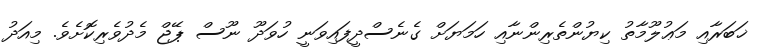
ޚަބަރާއި މަޢުލޫމާތު ކިޔުންތެރިންނާއި ހަމަޔަށް ގެނެސްދީފައިވަނީ ހުވަދޫ ނޫސް ޕޭޖް މެދުވެރިކޮށެވެ. މިއަދު